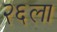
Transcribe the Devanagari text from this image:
२६ला